Insane asylums Bombay 1873-77 - 1873-1877
Year: 1873
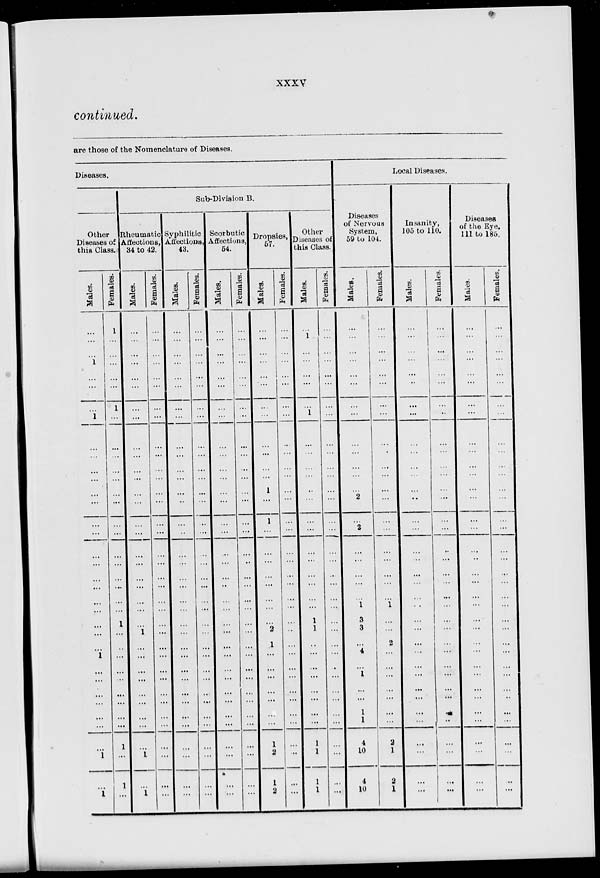
xxxv
continued.
are those of the Nomenclature of Diseases.
Diseases.
Other
Diseases of
this Class.
Males.
...
...
...
1
...
...
...
1
...
...
...
...
...
...
...
...
...
...
...
...
...
...
...
...
...
1
...
...
...
...
...
...
...
1
...
1
Females.
1
...
...
...
...
...
1
...
...
...
...
...
...
...
...
...
...
...
...
...
...
...
1
...
...
...
...
...
...
...
...
...
1
...
1
...
Sub-Division B.
Rheumatic
Affections,
34 to 42.
Males.
...
...
...
...
...
...
...
...
...
...
...
...
...
...
...
...
...
...
...
...
...
...
...
1
...
...
...
...
...
...
...
...
...
1
...
1
Females.
...
...
...
...
...
...
...
...
...
...
...
...
...
...
...
...
...
...
...
...
...
...
...
...
...
...
...
...
...
...
...
...
...
...
...
...
Syphilitic
Affections,
43.
Males.
...
...
...
...
...
...
...
...
...
...
...
...
...
..
...
...
...
...
...
...
...
...
...
...
...
...
...
...
...
...
...
...
...
...
...
...
Females.
...
...
...
...
...
...
...
...
...
...
...
...
...
...
...
...
...
...
...
...
...
...
...
...
...
...
...
...
...
...
...
...
...
...
...
...
Scorbutic
Affections,
54.
Males.
...
...
...
...
...
...
...
...
...
...
...
...
...
...
...
...
...
...
...
..
...
...
...
...
...
...
...
...
...
...
...
...
...
...
...
...
Females.
...
...
...
...
...
...
...
...
...
...
...
...
...
...
...
...
...
..
...
...
...
...
...
...
...
...
...
...
...
...
...
...
...
...
...
...
Dropsies,
57.
Males.
...
...
...
...
...
...
...
...
...
...
...
...
1
...
1
...
...
...
...
...
...
...
...
2
1
...
...
...
...
...
...
...
1
2
1
2
Females.
...
...
...
...
...
...
...
...
...
...
...
...
...
...
...
...
...
...
...
...
...
...
...
...
...
...
...
...
...
...
...
...
...
..
...
...
Other
Diseases of
this Class.
Males.
...
1
...
...
...
...
...
1
...
...
...
...
...
...
...
...
...
...
...
...
...
...
1
1
...
...
...
...
...
...
...
...
1
l
l
l
Females.
...
...
...
...
...
...
...
...
...
...
...
...
...
...
...
...
...
...
...
...
...
...
...
...
...
...
...
...
...
...
...
...
...
...
...
...
Local Diseases.
Diseases
of Nervous
System,
59 to 104.
Males.
...
...
...
...
...
...
...
...
...
...
...
...
...
2
...
2
...
...
...
...
...
1
3
3
...
4
...
1
...
...
1
1
4
10
4
10
Females.
...
...
...
...
...
...
...
...
...
...
...
...
...
...
...
...
...
...
...
...
...
1
...
...
2
...
...
...
...
...
...
...
2
1
2
1
Insanity,
105 to 110.
Males.
...
...
...
...
...
...
...
...
...
...
...
...
...
...
...
...
...
...
...
...
...
..
...
...
...
...
...
...
...
...
...
...
...
...
...
...
Females.
...
...
...
...
...
...
...
...
...
...
...
...
...
...
...
...
...
...
...
...
...
...
...
...
...
...
...
...
...
...
...
...
...
...
...
...
Diseases
of the Eye,
111 to 185.
Males.
...
...
...
...
...
...
...
...
...
...
...
...
...
...
...
...
...
..
...
...
...
...
...
...
...
...
...
...
...
...
...
...
...
...
...
...
Females.
...
...
...
...
...
...
...
...
...
...
...
...
...
...
...
...
...
...
...
...
...
...
...
...
...
...
...
...
...
...
...
...
...
...
...
...